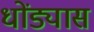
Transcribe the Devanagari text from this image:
धोंड्यास